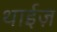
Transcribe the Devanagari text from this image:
थाईज़